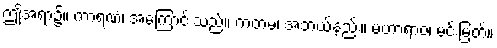
ဤအရာ၌။ ကာရဏံ၊ အကြောင်းသည်။ ကတမံ၊ အဘယ်နည်း။ မဟာရာဇ၊ မင်းမြတ်။